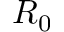
R _ { 0 }